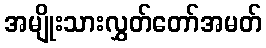
အမျိုးသားလွှတ်တော်အမတ်